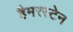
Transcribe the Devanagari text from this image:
हैमरस्टेन